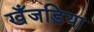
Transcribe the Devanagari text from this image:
खँजड़िया